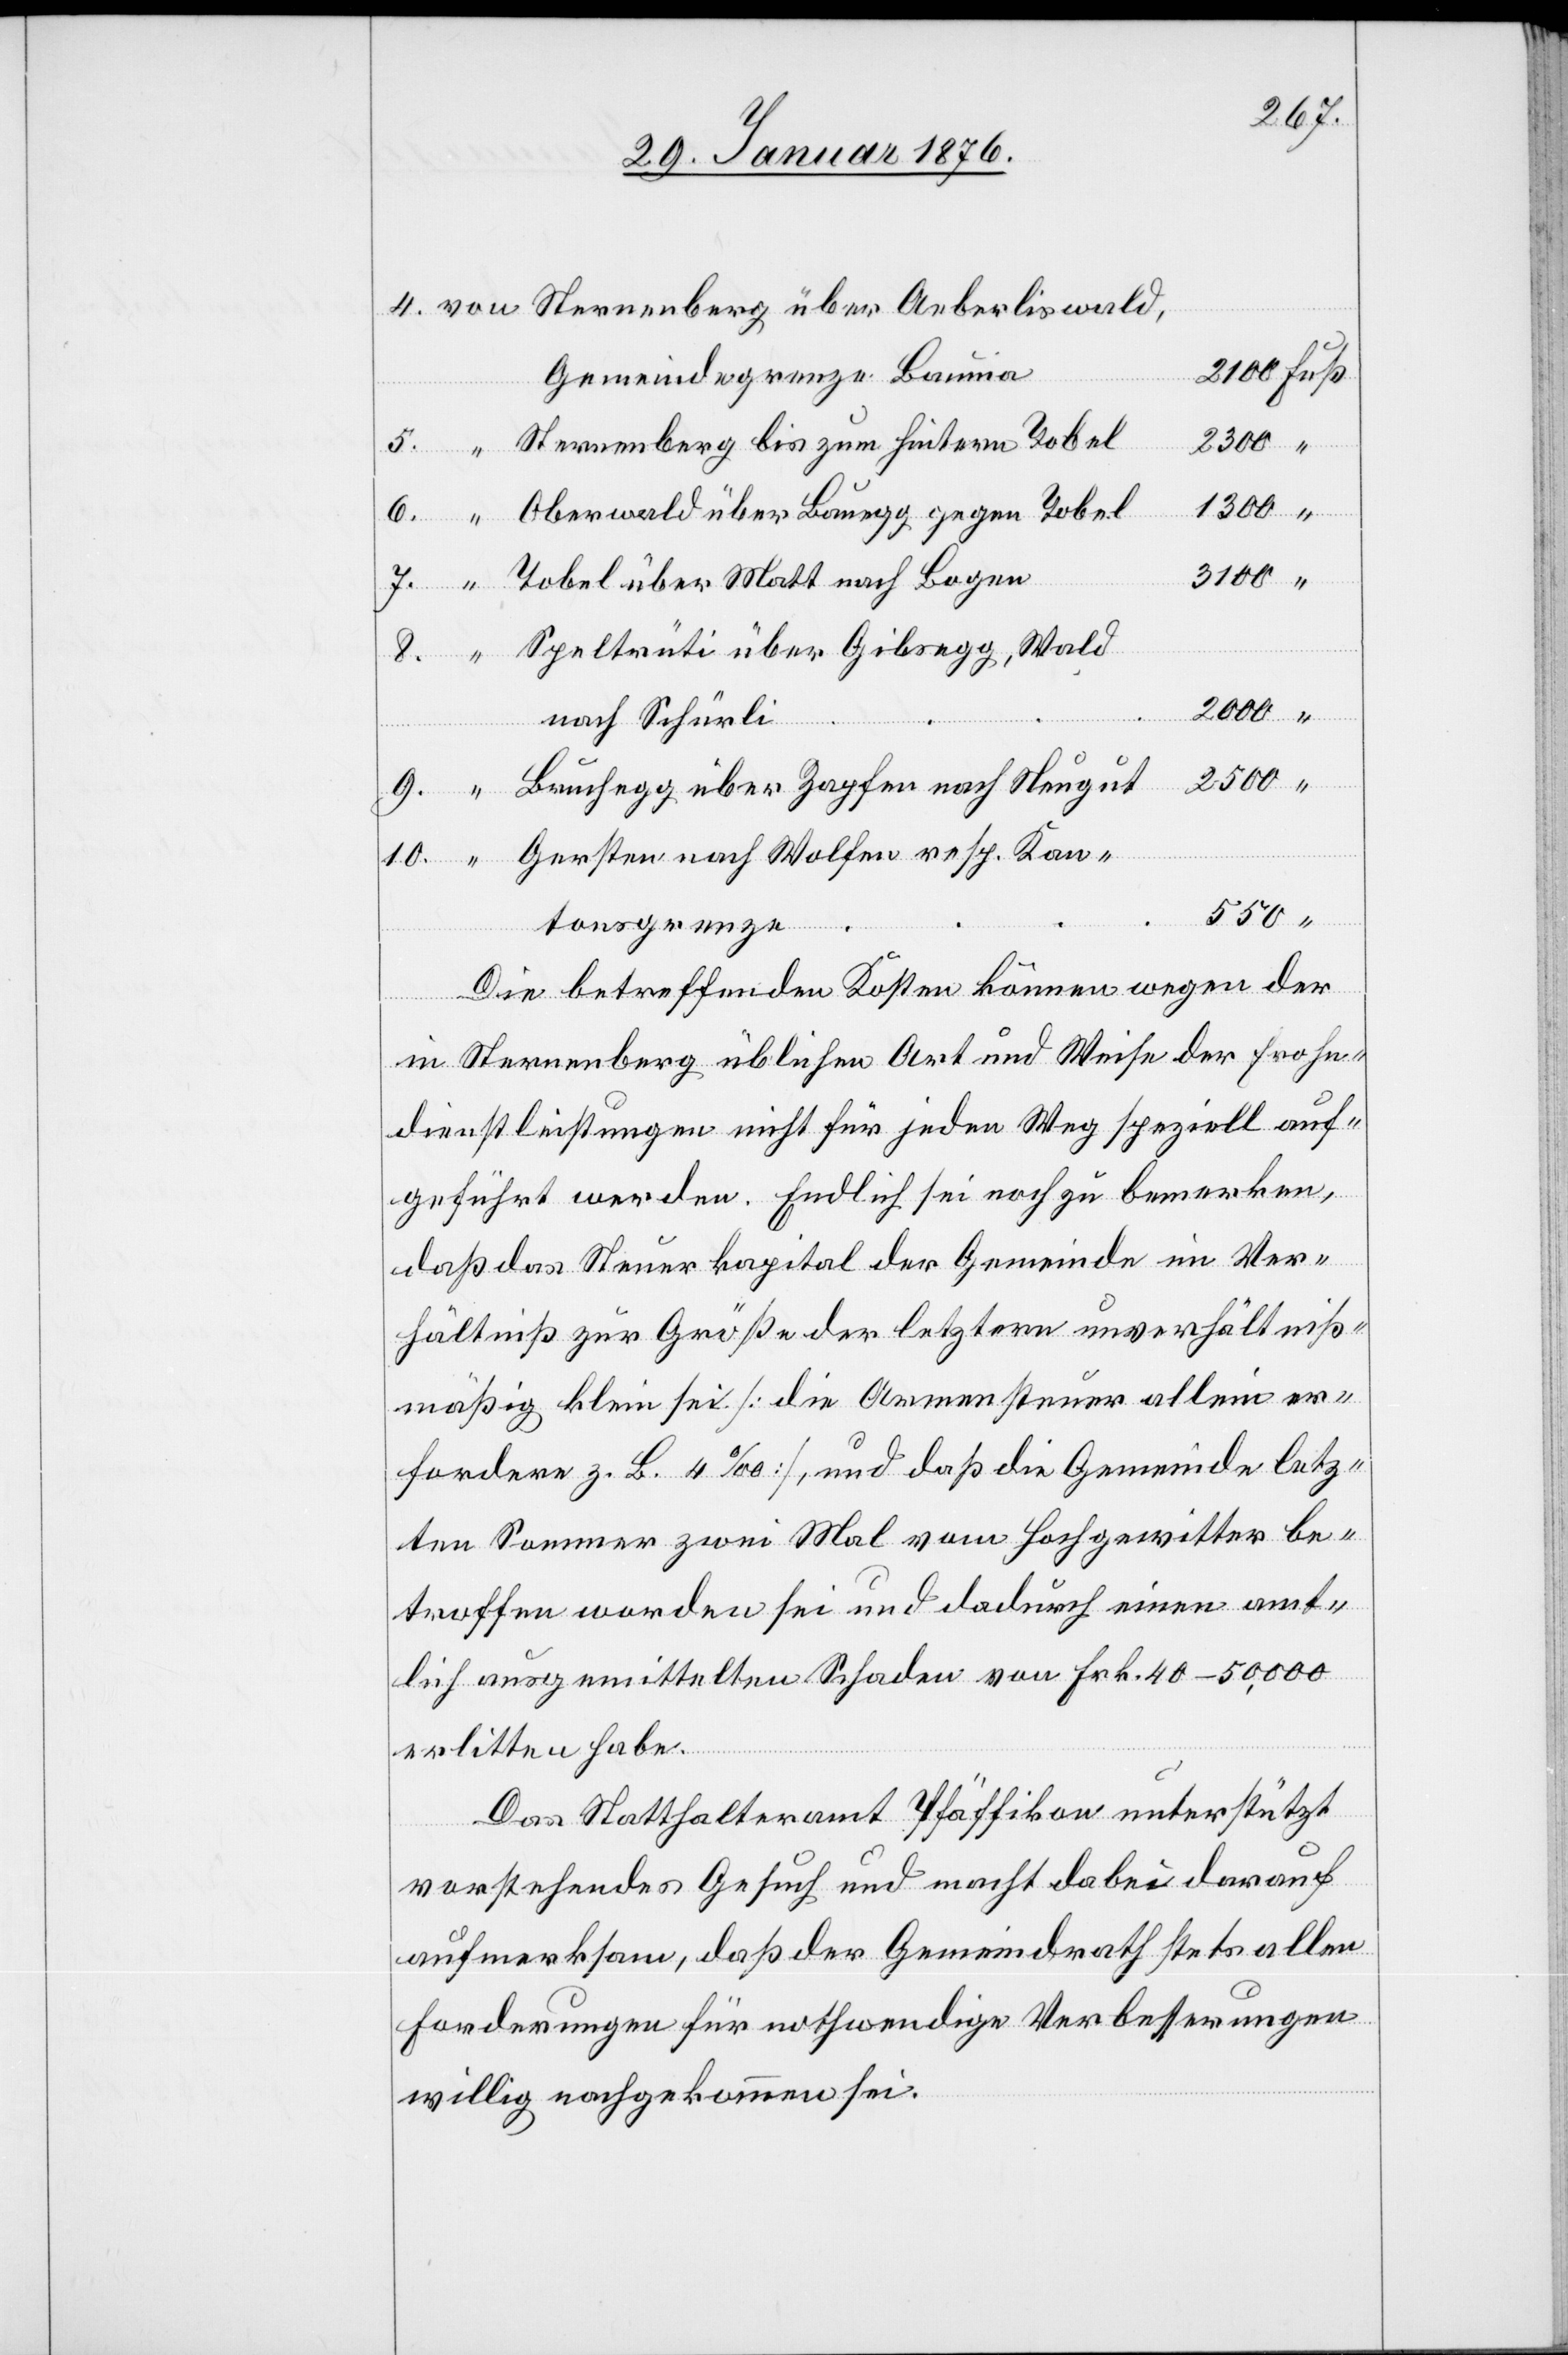
von Sternenberg über Aeberliswald,
Gemeindegrenze Bauma
“ Sternenberg bis zum hintern Tobel
“ Oberwald über Bauegg gegen Tobel
“ Tobel über Matt nach Bogen
“ Speltrüti über Gibsegg, Wald
9.
2000
“
nach Schürli
“ Bruchegg über Zapfe nach Neugut
“ Gersten nach Wolfen resp. Kan¬
tonsgrenze
Die betreffenden Kosten können wegen der
in Sternenberg üblichen Art und Weise der Frohn¬
dienstleistungen nicht für jeden Weg speziell auf¬
geführt werden. Endlich sei noch zu bemerken,
daß das Steuerkapital der Gemeinde im Ver¬
hältniß zur Größe der letztern unverhältniß¬
mäßig klein sei. [die Armensteuer allein er¬
fordere z. B. 4 ‰], und daß die Gemeinde letz¬
ten Sommer zwei Mal vom Hochgewitter be¬
troffen worden sei und dadurch einen amt¬
lich ausgemittelten Schaden von Frk. 40–50,000
erlitten habe.
Das Statthalteramt Pfäffikon unterstützt
vorstehendes Gesuch und macht dabei darauf
aufmerksam, daß der Gemeindrath stets allen
Forderungen für nothwendige Verbesserungen
willig nachgekommen sei.